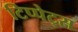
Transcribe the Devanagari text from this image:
टिप्‍पेट्स